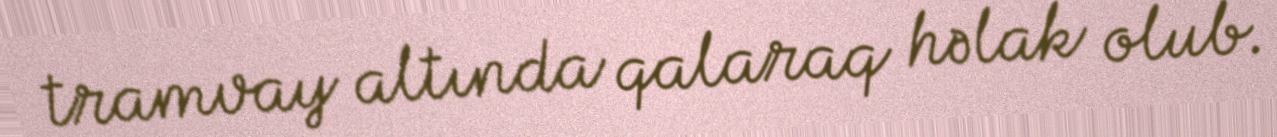
tramvay altında qalaraq həlak olub.